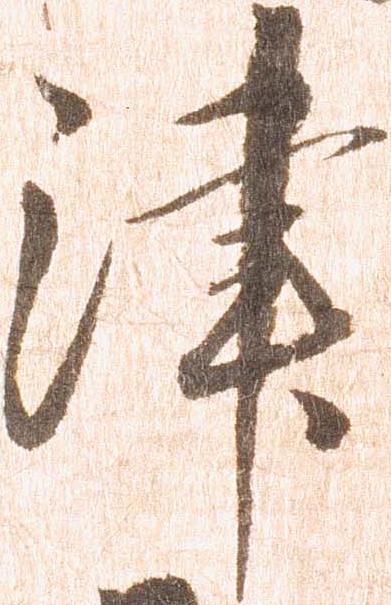
津